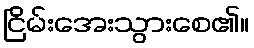
ငြိမ်းအေးသွားစေ၏။